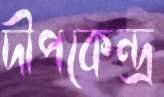
দীপকেন্দ্র